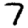
Digit: 7